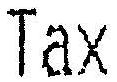
TAX